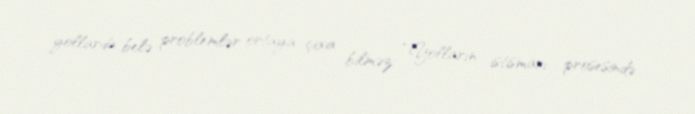
yollarda belə problemlər ortaya çıxa bilməz: “Yolların istismarı prosesində